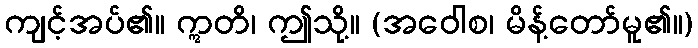
ကျင့်အပ်၏။ ဣတိ၊ ဤသို့။ (အဝေါစ၊ မိန့်တော်မူ၏။)